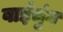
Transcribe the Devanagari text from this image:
वाईचुंग